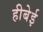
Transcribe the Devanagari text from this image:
हीबेई